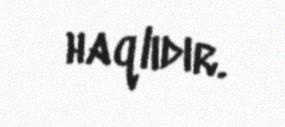
haqlıdır.